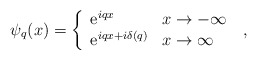
\begin{align*}\psi_q(x)=\left\{\begin{array}{ll}{\rm e}^{iqx} &x\to-\infty\\{\rm e}^{iqx+i\delta(q)} &x\to\infty\end{array}\right.\;,\end{align*}